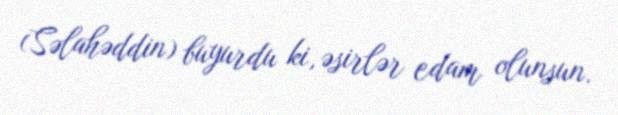
(Səlahəddin) buyurdu ki, əsirlər edam olunsun.